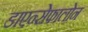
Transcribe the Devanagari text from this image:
डाएन्सेफालोन